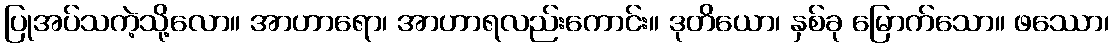
ပြုအပ်သကဲ့သို့လော။ အာဟာရော၊ အာဟာရလည်းကောင်း။ ဒုတိယော၊ နှစ်ခု မြောက်သော။ ဖဿော၊